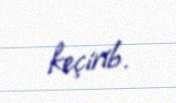
keçirib.